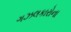
ગઝલકારોના